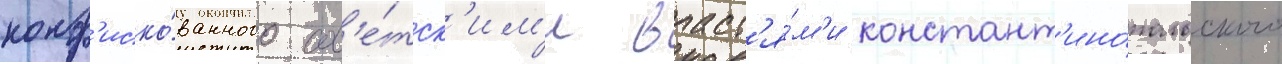
конф'иско́ванного сов'е́тск'им'и власт'я́м'и констант'ино́польского